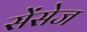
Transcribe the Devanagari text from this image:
सेंसेज